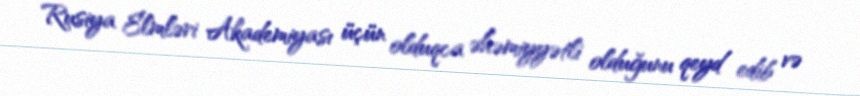
Rusiya Elmləri Akademiyası üçün olduqca əhəmiyyətli olduğunu qeyd edib və